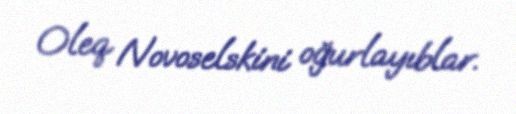
Oleq Novoselskini oğurlayıblar.